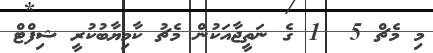
މި މެޗް 5  1 ގެ ނަތީޖާއަކުން މެޗު ކާމިޔާބުކުރީ ޝިފްޓް